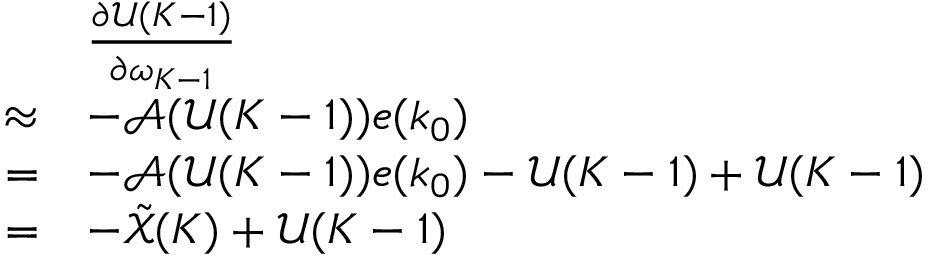
\begin{array} { r l } & { \frac { \partial \mathscr { U } ( K - 1 ) } { \partial \omega _ { K - 1 } } } \\ { \approx } & { - \mathscr { A } ( \mathscr { U } ( K - 1 ) ) e ( k _ { 0 } ) } \\ { = } & { - \mathscr { A } ( \mathscr { U } ( K - 1 ) ) e ( k _ { 0 } ) - \mathscr { U } ( K - 1 ) + \mathscr { U } ( K - 1 ) } \\ { = } & { - \tilde { \mathscr { X } } ( K ) + \mathscr { U } ( K - 1 ) } \end{array}